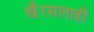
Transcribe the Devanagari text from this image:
खै़रसलाही